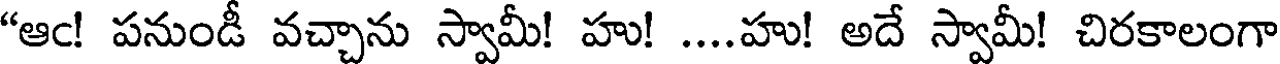
"ఆఁ! పనుండీ వచ్చాను స్వామీ! హు! ....హు! అదే స్వామీ! చిరకాలంగా